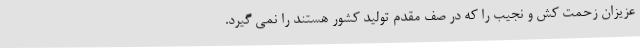
عزیزان زحمت کش و نجیب را که در صف مقدم تولید کشور هستند را نمی گیرد.